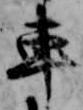
車